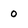
Character: 0